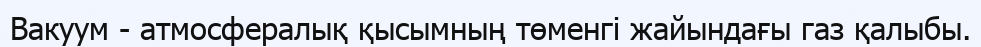
Вакуум - атмосфералық қысымның төменгі жайындағы газ қалыбы.